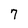
Character: 7